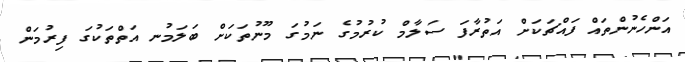
އަންހެނުންތައް ފައްޗަކަށް އަތުރާފަ ސަލާމް ކުރުމުގެ ނަމުގަ މޫނުތަކަށް ބަލަމުނ އަތްތަކުގަ ފިރުމަން